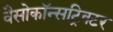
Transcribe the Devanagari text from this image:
वैसोकॉन्सट्रिक्टर